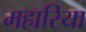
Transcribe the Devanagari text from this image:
महारिया